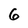
Character: 6